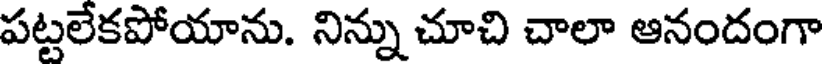
పట్టలేకపోయాను. నిన్ను చూచి చాలా ఆనందంగా